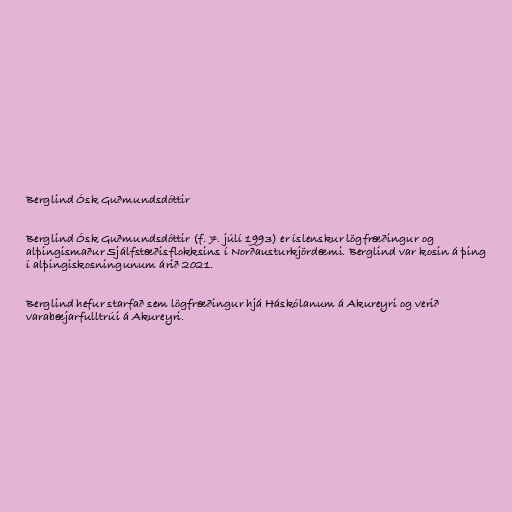
Berglind Ósk Guðmundsdóttir

Berglind Ósk Guðmundsdóttir (f. 7. júlí 1993) er íslenskur lögfræðingur og
alþingismaður Sjálfstæðisflokksins í Norðausturkjördæmi. Berglind var kosin á þing
í alþingiskosningunum árið 2021.

Berglind hefur starfað sem lögfræðingur hjá Háskólanum á Akureyri og verið
varabæjarfulltrúi á Akureyri.